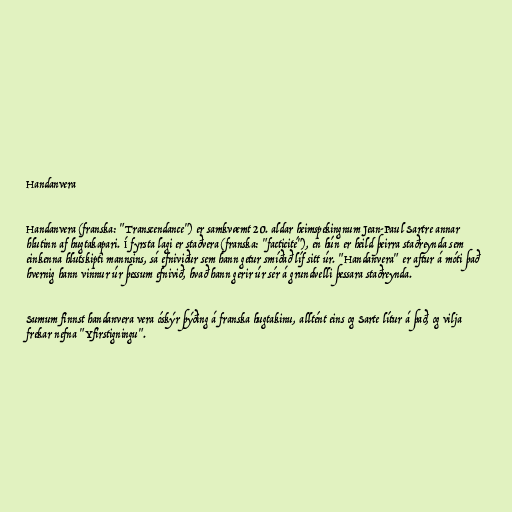
Handanvera

Handanvera (franska: "Transcendance") er samkvæmt 20. aldar heimspekingnum Jean-Paul Sartre annar
hlutinn af hugtakapari. Í fyrsta lagi er staðvera (franska: "facticité"), en hún er heild þeirra staðreynda sem
einkenna hlutskipti mannsins, sá efniviður sem hann getur smíðað líf sitt úr. "Handanvera" er aftur á móti það
hvernig hann vinnur úr þessum efnivið, hvað hann gerir úr sér á grundvelli þessara staðreynda.

Sumum finnst handanvera vera óskýr þýðing á franska hugtakinu, alltént eins og Sarte lítur á það, og vilja
frekar nefna "Yfirstigningu".